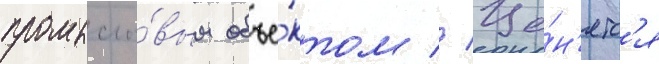
промысло́вым объе́ктом // Це́н'ятс'я